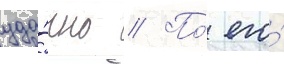
уда́чно // По́ его́